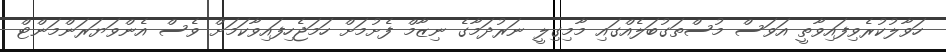
ހަވާލުކުރެވިފައިވާތީ އަވަސް މުސްތަގުބަލެއްގައި މާމިގިލީ ނަރުދަމާގެ ނިޒާމް ފެށުމަށް ހަމަޖެހިފައިވާކަމަށް ވެސް އެންވަޔަރަންމަންޓް